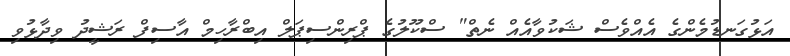
އަޅުގަނޑުމެންގެ އެއްވެސް ޝަކުވާއެއް ނެތް" ސްކޫލުގެ ޕްރިންސިޕަލް އިބްރާހިމް އާސިފް ރަޝީދު ވިދާޅުވި